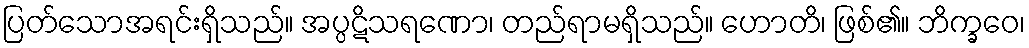
ပြတ်သောအရင်းရှိသည်။ အပ္ပဋိသရဏော၊ တည်ရာမရှိသည်။ ဟောတိ၊ ဖြစ်၏။ ဘိက္ခဝေ၊